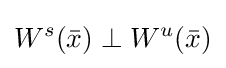
W^{s}({\bar {x}})\perp W^{u}({\bar {x}})